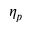
\eta _ { p }